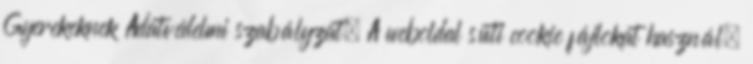
Gyerekeknek Adatvédelmi szabályzat. A weboldal süti cookie fájlokat használ.